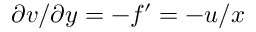
\partial v / \partial y = - f ^ { \prime } = - u / x